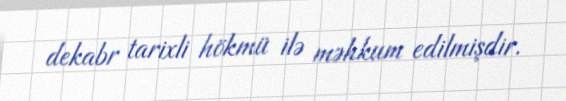
dekabr tarixli hökmü ilə məhkum edilmişdir.